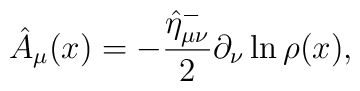
\hat{A}_\mu (x)=-\frac{\hat{\eta}_{\mu \nu }^{-}}2\partial _\nu \ln \rho (x),